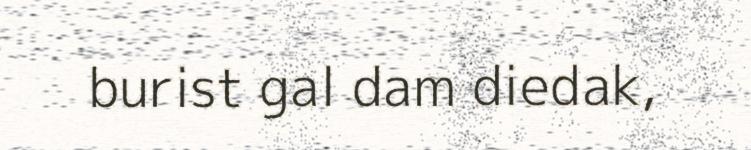
burist gal dam diedak,